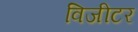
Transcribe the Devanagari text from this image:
विजीटर